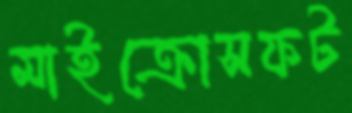
মাইক্রোসফট